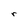
Character: r